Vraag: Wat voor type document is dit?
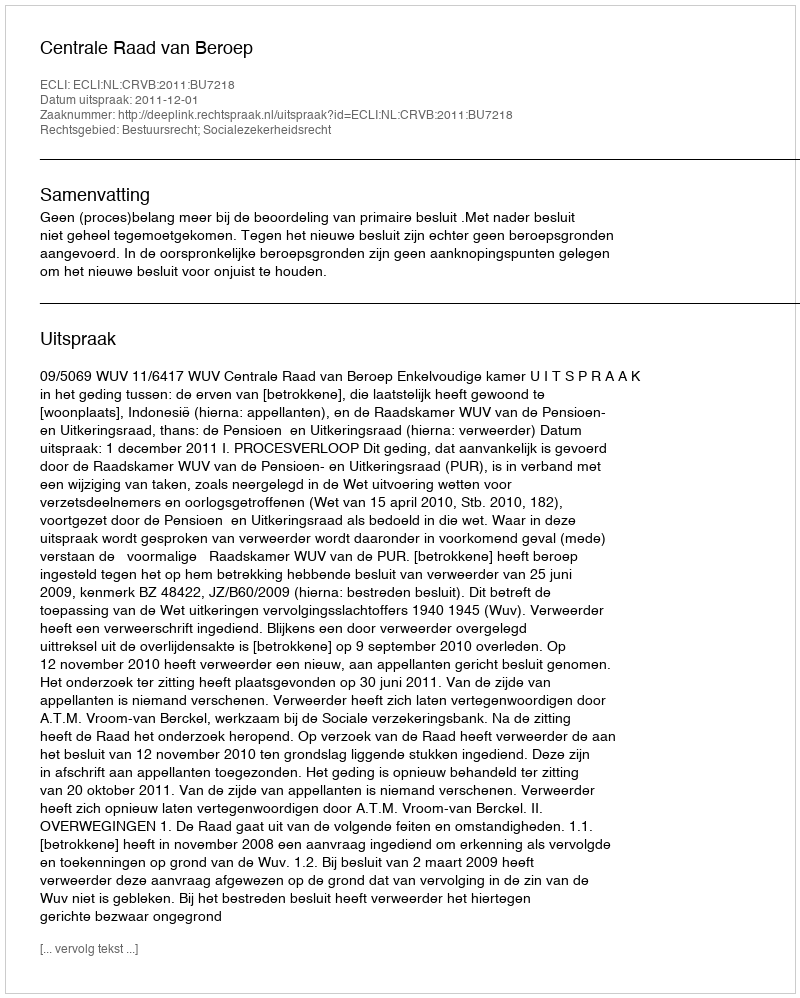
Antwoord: Uitspraak